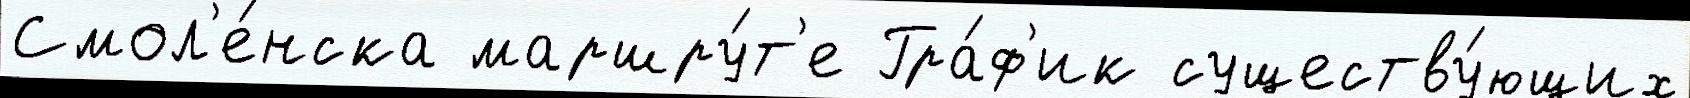
Смол'е́нска маршру́т'е Гра́ф'ик существу́ющих